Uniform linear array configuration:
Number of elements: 8
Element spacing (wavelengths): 1
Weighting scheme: blackman
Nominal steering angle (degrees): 45
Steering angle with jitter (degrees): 46.507
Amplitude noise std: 0.05
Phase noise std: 0.05

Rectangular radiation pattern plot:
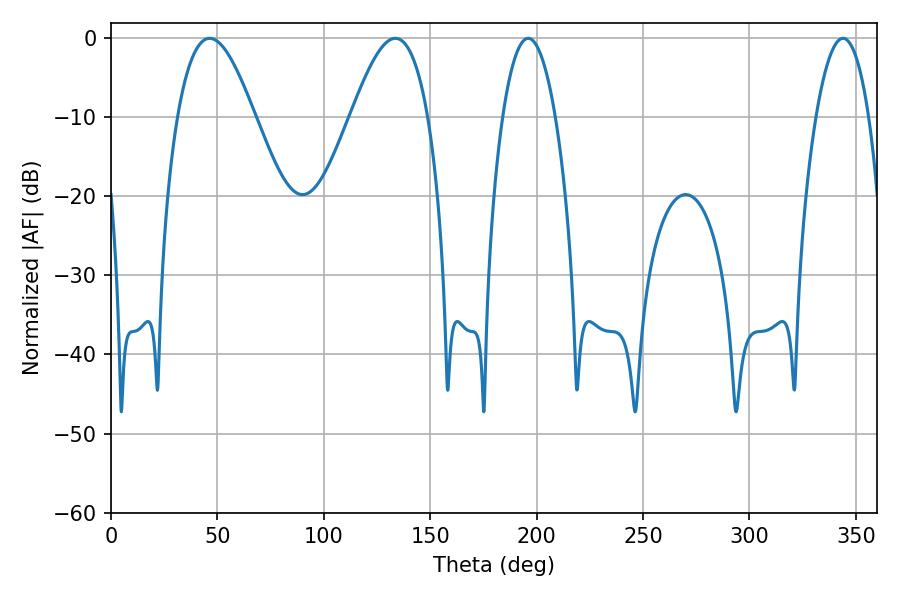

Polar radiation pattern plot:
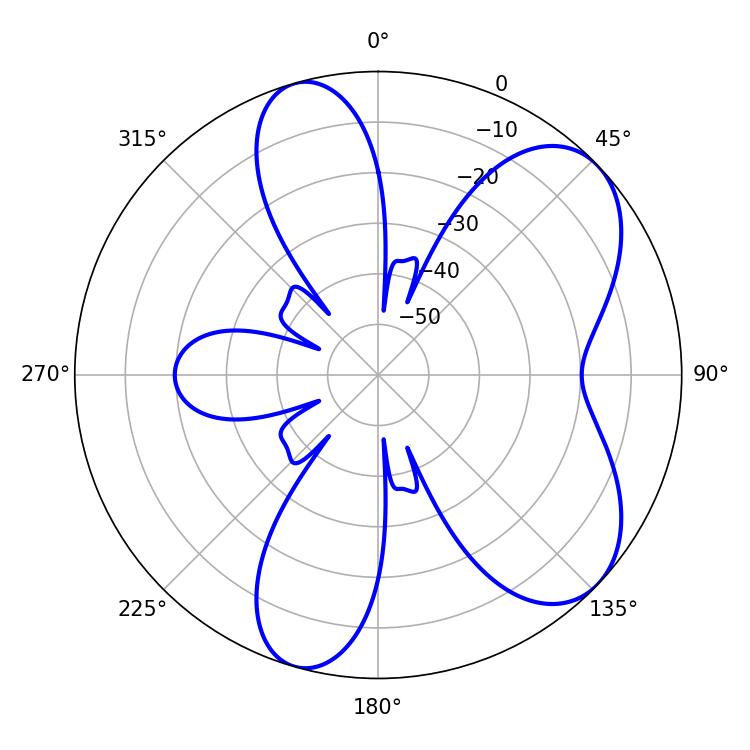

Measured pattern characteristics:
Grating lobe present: TRUE
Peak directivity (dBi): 6.874
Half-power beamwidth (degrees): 13.86
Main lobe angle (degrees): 196.02